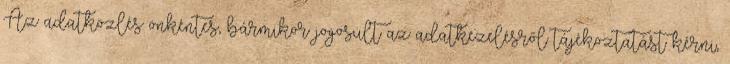
Az adatközlés önkéntes, bármikor jogosult az adatkezelésről tájékoztatást kérni,